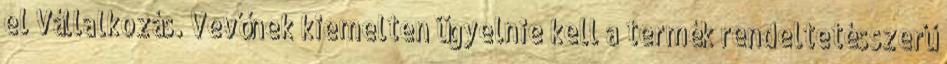
el Vállalkozás. Vevőnek kiemelten ügyelnie kell a termék rendeltetésszerű